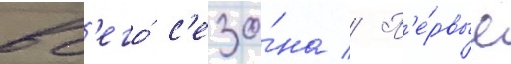
вс'его́ с'езо́на // П'е́рвые